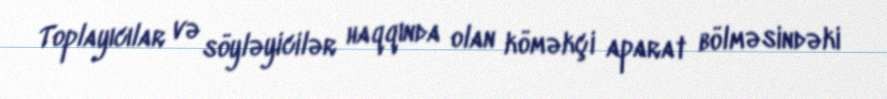
Toplayıcılar və söyləyicilər haqqında olan köməkçi aparat bölməsindəki